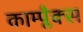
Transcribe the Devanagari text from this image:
काम्प्लैक्स